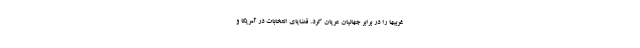
غربیها را در برابر جهانیان عریان کرد. قضایای انتخابات در آمریکا و